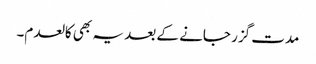
مدت گزر جانے کے بعد یہ بھی کالعدم۔